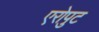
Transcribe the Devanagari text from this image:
एरोपुट